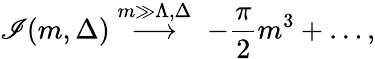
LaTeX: \mathscr{I}(m,\Delta)\stackrel{m\gg\Lambda,\Delta}{\longrightarrow}\; -\frac{{\pi}}{{2}}m^{3}+\ldots,